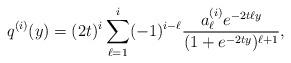
LaTeX: \begin{align*}q^{(i)}(y) = (2t)^i \sum_{\ell=1}^i (-1)^{i-\ell} \frac{a_\ell^{(i)} e^{-2t \ell y}}{(1+e^{-2ty})^{\ell+1}},\end{align*}